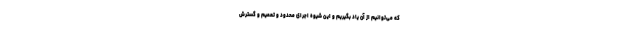
که می‌توانیم از آن یاد بگیریم و این شیوه اجرای محدود و تعمیم و گسترش